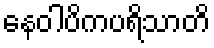
နေဝါပိကပရိသာတိ